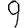
Digit: 9